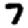
Digit: 7